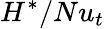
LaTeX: H^{*}/Nu_{t}